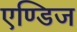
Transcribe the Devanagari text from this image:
एण्डिज